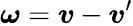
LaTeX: \boldsymbol{\omega}=\boldsymbol{\mathit{v}}-\boldsymbol{\mathit{v}}^{\prime}